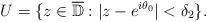
LaTeX: \begin{align*}U=\{z \in \overline{\mathbb{D}}: |z-e^{i\theta_0}|<\delta_2\}.\end{align*}